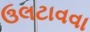
ઉલટાવવા